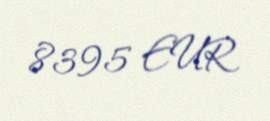
8395 EUR